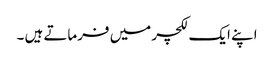
اپنے ایک لکچر میں فرماتے ہیں ۔